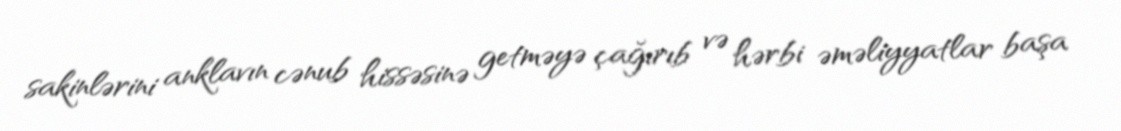
sakinlərini anklavın cənub hissəsinə getməyə çağırıb və hərbi əməliyyatlar başa